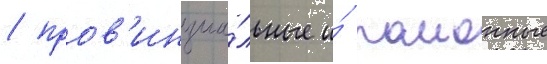
/ пров'инциа́льные и́ раионные